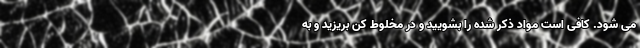
می شود. کافی است مواد ذکر شده را بشویید و در مخلوط کن بریزید و به